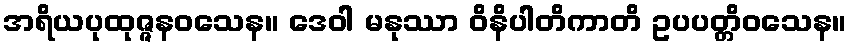
အရိယပုထုဇ္ဇနဝသေန။ ဒေဝါ မနုဿာ ဝိနိပါတိကာတိ ဥပပတ္တိဝသေန။